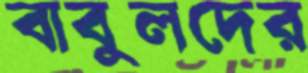
বাবুলদের